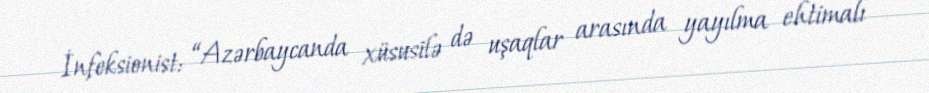
İnfeksionist: “Azərbaycanda xüsusilə də uşaqlar arasında yayılma ehtimalı